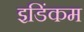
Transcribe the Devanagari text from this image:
इडिंकम